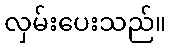
လှမ်းပေးသည်။